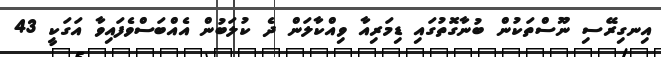
އިނގިރޭސި ނޫސްތަކުން ބުނާގޮތުގައި ޑިމަރިއާ ވިއްކާލަން ދެ ކުލަބުން އެއްބަސްވެފައިވާ އަގަކީ 43